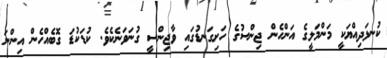
ކުނޅަދިއްޔަކީ މަންމަލީގެ އަންހެން ޖިންސުގެ ހަށިގަނޑުގައި ވާޖިންސީ ގުނަވަނެކެވެ. ކުޑަކުޑަ ގޮބެއްހެން އިންނަ